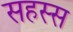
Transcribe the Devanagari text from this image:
सहस्स